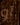
آو